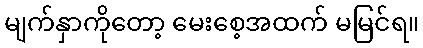
မျက်နှာကိုတော့ မေးစေ့အထက် မမြင်ရ။